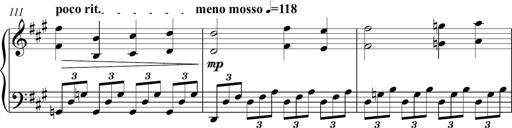
Title: Piano Sonatina in A major
Composer: Z Q Sysmoebius
Key: A major